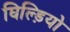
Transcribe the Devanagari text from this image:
घिल्ड़ियो